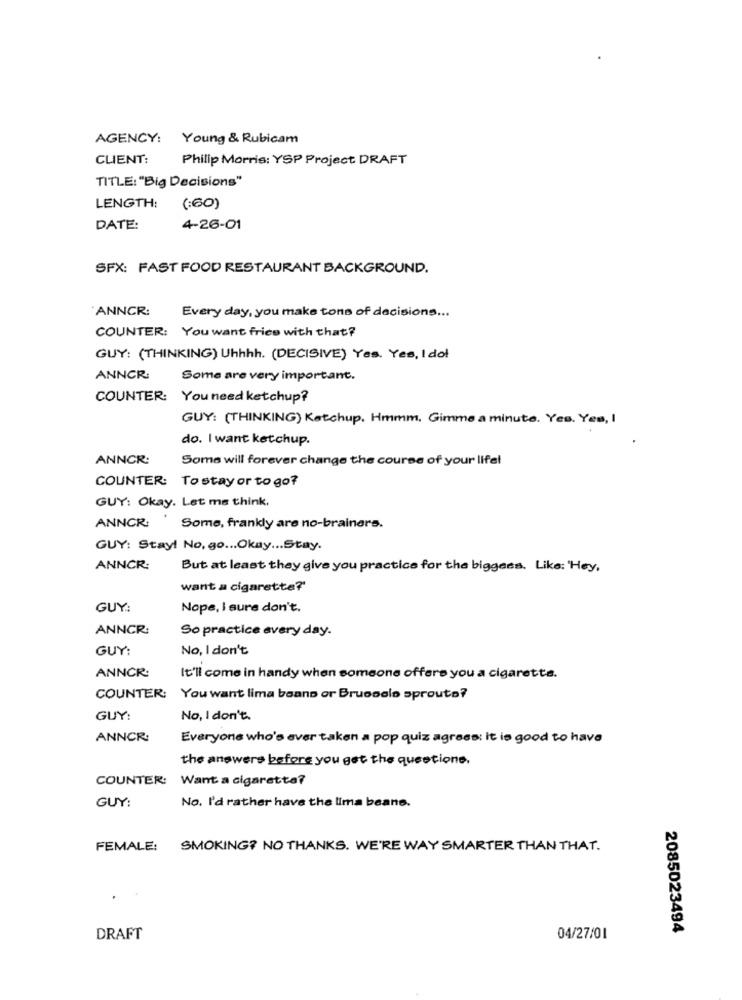
AGENCY: Young & Rubicam
CLIENT:
Philip Morris: YSP Project DRAFT
TITLE: "Big Decisions"
LENGTH:
(:60)
DATE:
4-26-01
SFX: FAST FOOD RESTAURANT BACKGROUND.
ANNCR:
Every day, you make tons of decisions ...
COUNTER: You want fries with that?
GUY: (THINKING) Uhhhh. (DECISIVE) Yes, Yes, Idol
ANNCR:
Some are very important.
COUNTER: You need ketchup?
GUY: (THINKING) Ketchup. Hmmm, Gimme a minute. Yes. Yes, I
do. I want ketchup.
ANNCR:
Soma will forever change the course of your lifel
COUNTER: To stay or to go?
GUY: Okay. Let me think.
ANNCR: Some, frankly are no-brainers.
GUY: Stay! No, go ... Okay ... Stay.
ANNCR:
But at least they give you practice for the biggass. Like: 'Hey,
want a cigarette?'
GUY:
Nope, I sure don't.
ANNCR:
So practice avery day.
GUY:
No, I don't
ANNCR:
It'll come in handy when someone offers you a cigarette.
COUNTER: You want lima beans or Brussels sprouts?
GUY:
No, I don't.
ANNCR:
Everyone who's ever taken a pop quiz agress: It is good to have
the answers before you get the questions.
COUNTER: Want a cigarette?
GUY:
No. I'd rather have the lima beans.
FEMALE:
SMOKING? NO THANKS. WE'RE WAY SMARTER THAN THAT.
2085023494
DRAFT
04/27/01